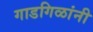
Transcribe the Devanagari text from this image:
गाडगिळांनी